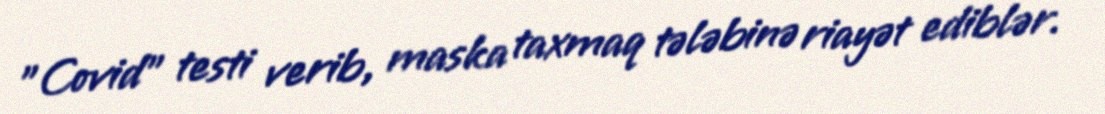
"Covid" testi verib, maska taxmaq tələbinə riayət ediblər.